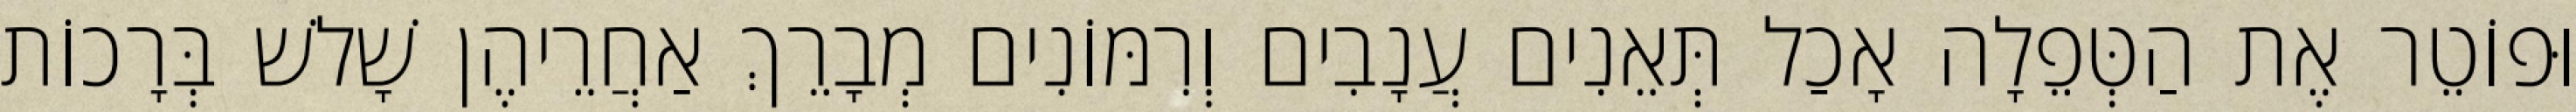
וּפוֹטֵר אֶת הַטְּפֵלָה אָכַל תְּאֵנִים עֲנָבִים וְרִמּוֹנִים מְבָרֵךְ אַחֲרֵיהֶן שָׁלשׁ בְּרָכוֹת